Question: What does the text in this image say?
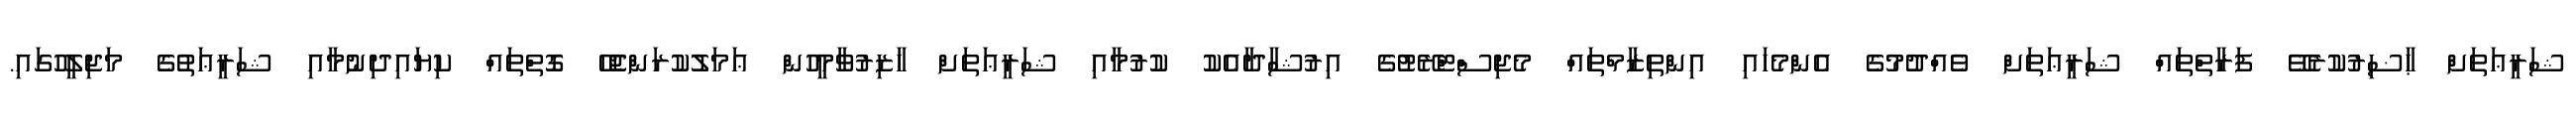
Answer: ޝަރީޢަތަށް ޙާޟިރުކުރެވޭ ފަރާތްތައް ޝަރީޢަތަށް ވެއްދުމުގެ އެންމެހައި އިންތިޒާމްތައް މެޖިސްޓްރޭޓުގެ އިރުޝާދާއެކު ކުރުމާއި ޝަރީޢަތަށް ހާޒިރުވާމީހުން ޢަމަލުކުރަންޖެހޭ ގޮތްތައް ކިޔައިދިނުމާއި ޝަރީޢަތުގެ މަޖިލީހުގައި.